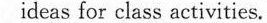
ideas for class activities.